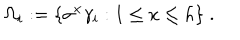
\Omega _ { i } : = \{ \sigma ^ { x } \gamma _ { i } : 1 \leq x \leq h \} \; .